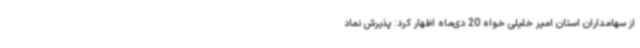
از سهامداران استان امیر خلیلی خواه 20 دی‌ماه اظهار کرد: پذیرش نماد